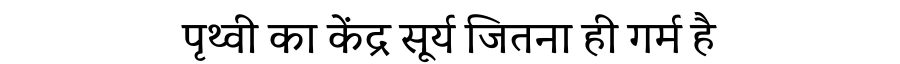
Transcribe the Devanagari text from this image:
पृथ्वी का केंद्र सूर्य जितना ही गर्म है